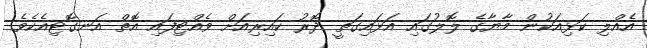
އެއްލި ކަޅިއަކުން މާޔާގެ ލޮލުގައި އަޅައިގަތީ ދޮރު ކައިރިއަށް ވެއްޓިފައި އޮތް އަނގޮޓިއެކެވެ.